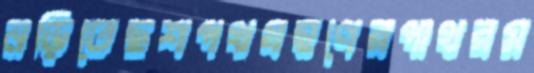
নড়িতেছশপথগ্রহণেরপাথরম